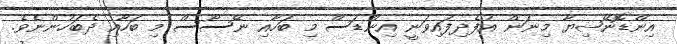
އިންޑޮނޭޝިޔާ މިނަން އުފެދިފައިވަނީ އިންޑަސް މި ބަހާއި ނޭސޯސް މި ބަހާއި ދެބަހުންނެވެ.